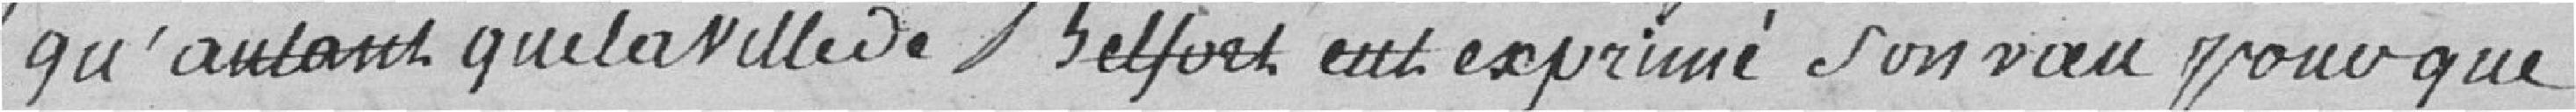
qu'autant que la ville de Belfort eut exprimé son voeu pour que